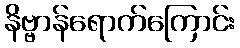
နိဗ္ဗာန်ရောက်ကြောင်း